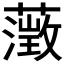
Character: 𮒎